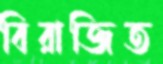
বিরাজিত